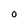
Character: O